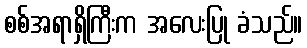
စစ်အရာရှိကြီးက အလေးပြု ခံသည်။